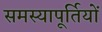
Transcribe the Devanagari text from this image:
समस्यापूर्तियों